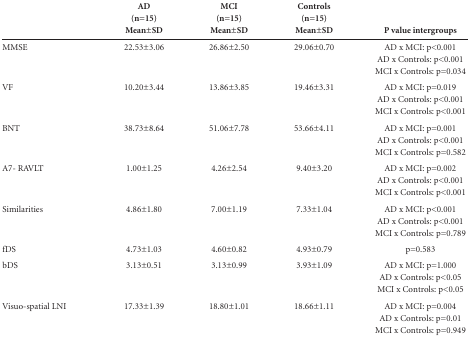
|  | AD | MCI | Controls |  |
 |  | (n=15) Mean±SD | (n=15) Mean±SD | (n=15) Mean±SD | P value intergroups |
 | --- | --- | --- | --- | --- |
 | MMSE | 22.53±3.06 | 26.86±2.50 | 29.06±0.70 | AD x MCI: p<0.001AD xControls: p<0.001 MCI x Controls: p=0.034 |
 | VF | 10.20±3.44 | 13.86±3.85 | 19.46±3.31 | AD x MCI: p=0.019AD xControls: p<0.001 MCI x Controls: p<0.001 |
 | BNT | 38.73±8.64 | 51.06±7.78 | 53.66±4.11 | AD x MCI: p=0.001AD xControls: p<0.001 MCI x Controls: p=0.582 |
 | A7- RAVLT | 1.00±1.25 | 4.26±2.54 | 9.40±3.20 | AD x MCI: p=0.002AD xControls: p<0.001 MCI x Controls: p<0.001 |
 | Similarities | 4.86±1.80 | 7.00±1.19 | 7.33±1.04 | AD x MCI: p<0.001AD xControls: p<0.001 MCI x Controls: p=0.789 |
 | fDS | 4.73±1.03 | 4.60±0.82 | 4.93±0.79 | p=0.583 |
 | bDS | 3.13±0.51 | 3.13±0.99 | 3.93±1.09 | AD x MCI: p=1.000AD xControls: p<0.05 MCI x Controls: p<0.05 |
 | Visuo-spatial LNI | 17.33±1.39 | 18.80±1.01 | 18.66±1.11 | AD x MCI: p=0.004AD xControls: p=0.01 MCI x Controls: p=0.949 |